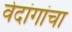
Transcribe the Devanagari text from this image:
वेदांगांचा